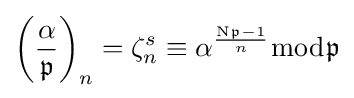
\left({\frac {\alpha }{\mathfrak {p}}}\right)_{n}=\zeta _{n}^{s}\equiv \alpha ^{\frac {\mathrm {N} {\mathfrak {p}}-1}{n}}{\bmod {\mathfrak {p}}}